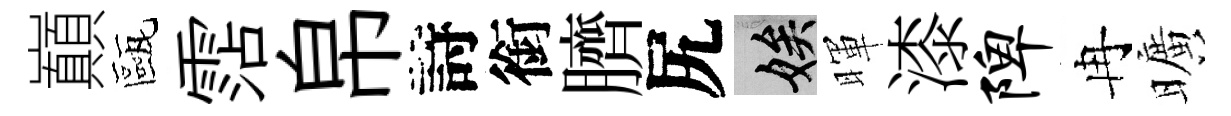
巔甌霑帛詩銜臍尻娭暉漆陴冉曠